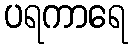
ပရကာရေ